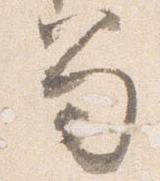
笏